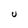
Character: U